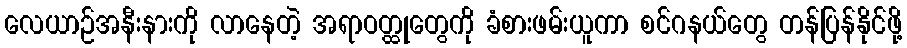
လေယာဉ်အနီးနားကို လာနေတဲ့ အရာဝတ္ထုတွေကို ခံစားဖမ်းယူကာ စင်ဂနယ်တွေ တန်ပြန်နိုင်ဖို့